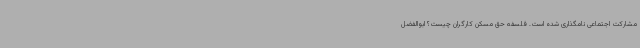
مشارکت اجتماعی نامگذاری شده است. فلسفه حق مسکن کارگران چیست؟ ابوالفضل